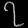
Digit: ၇